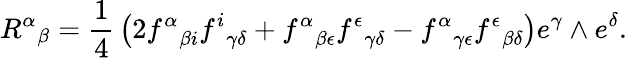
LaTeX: {R^{\alpha}}_{\beta}={\frac{1}{4}}\left(2{f^{\alpha}}_{\beta i}{f^{i}}_{\gamma\delta}+{f^{\alpha}}_{\beta\epsilon}{f^{\epsilon}}_{\gamma\delta}-{f^{\alpha}}_{\gamma\epsilon}{f^{\epsilon}}_{\beta\delta}\right)e^{\gamma}\wedge e^{\delta}.